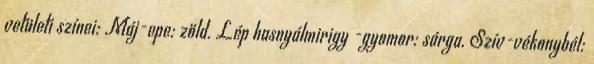
vetületi színei: Máj-epe: zöld. Lép hasnyálmirigy -gyomor: sárga. Szív-vékonybél: